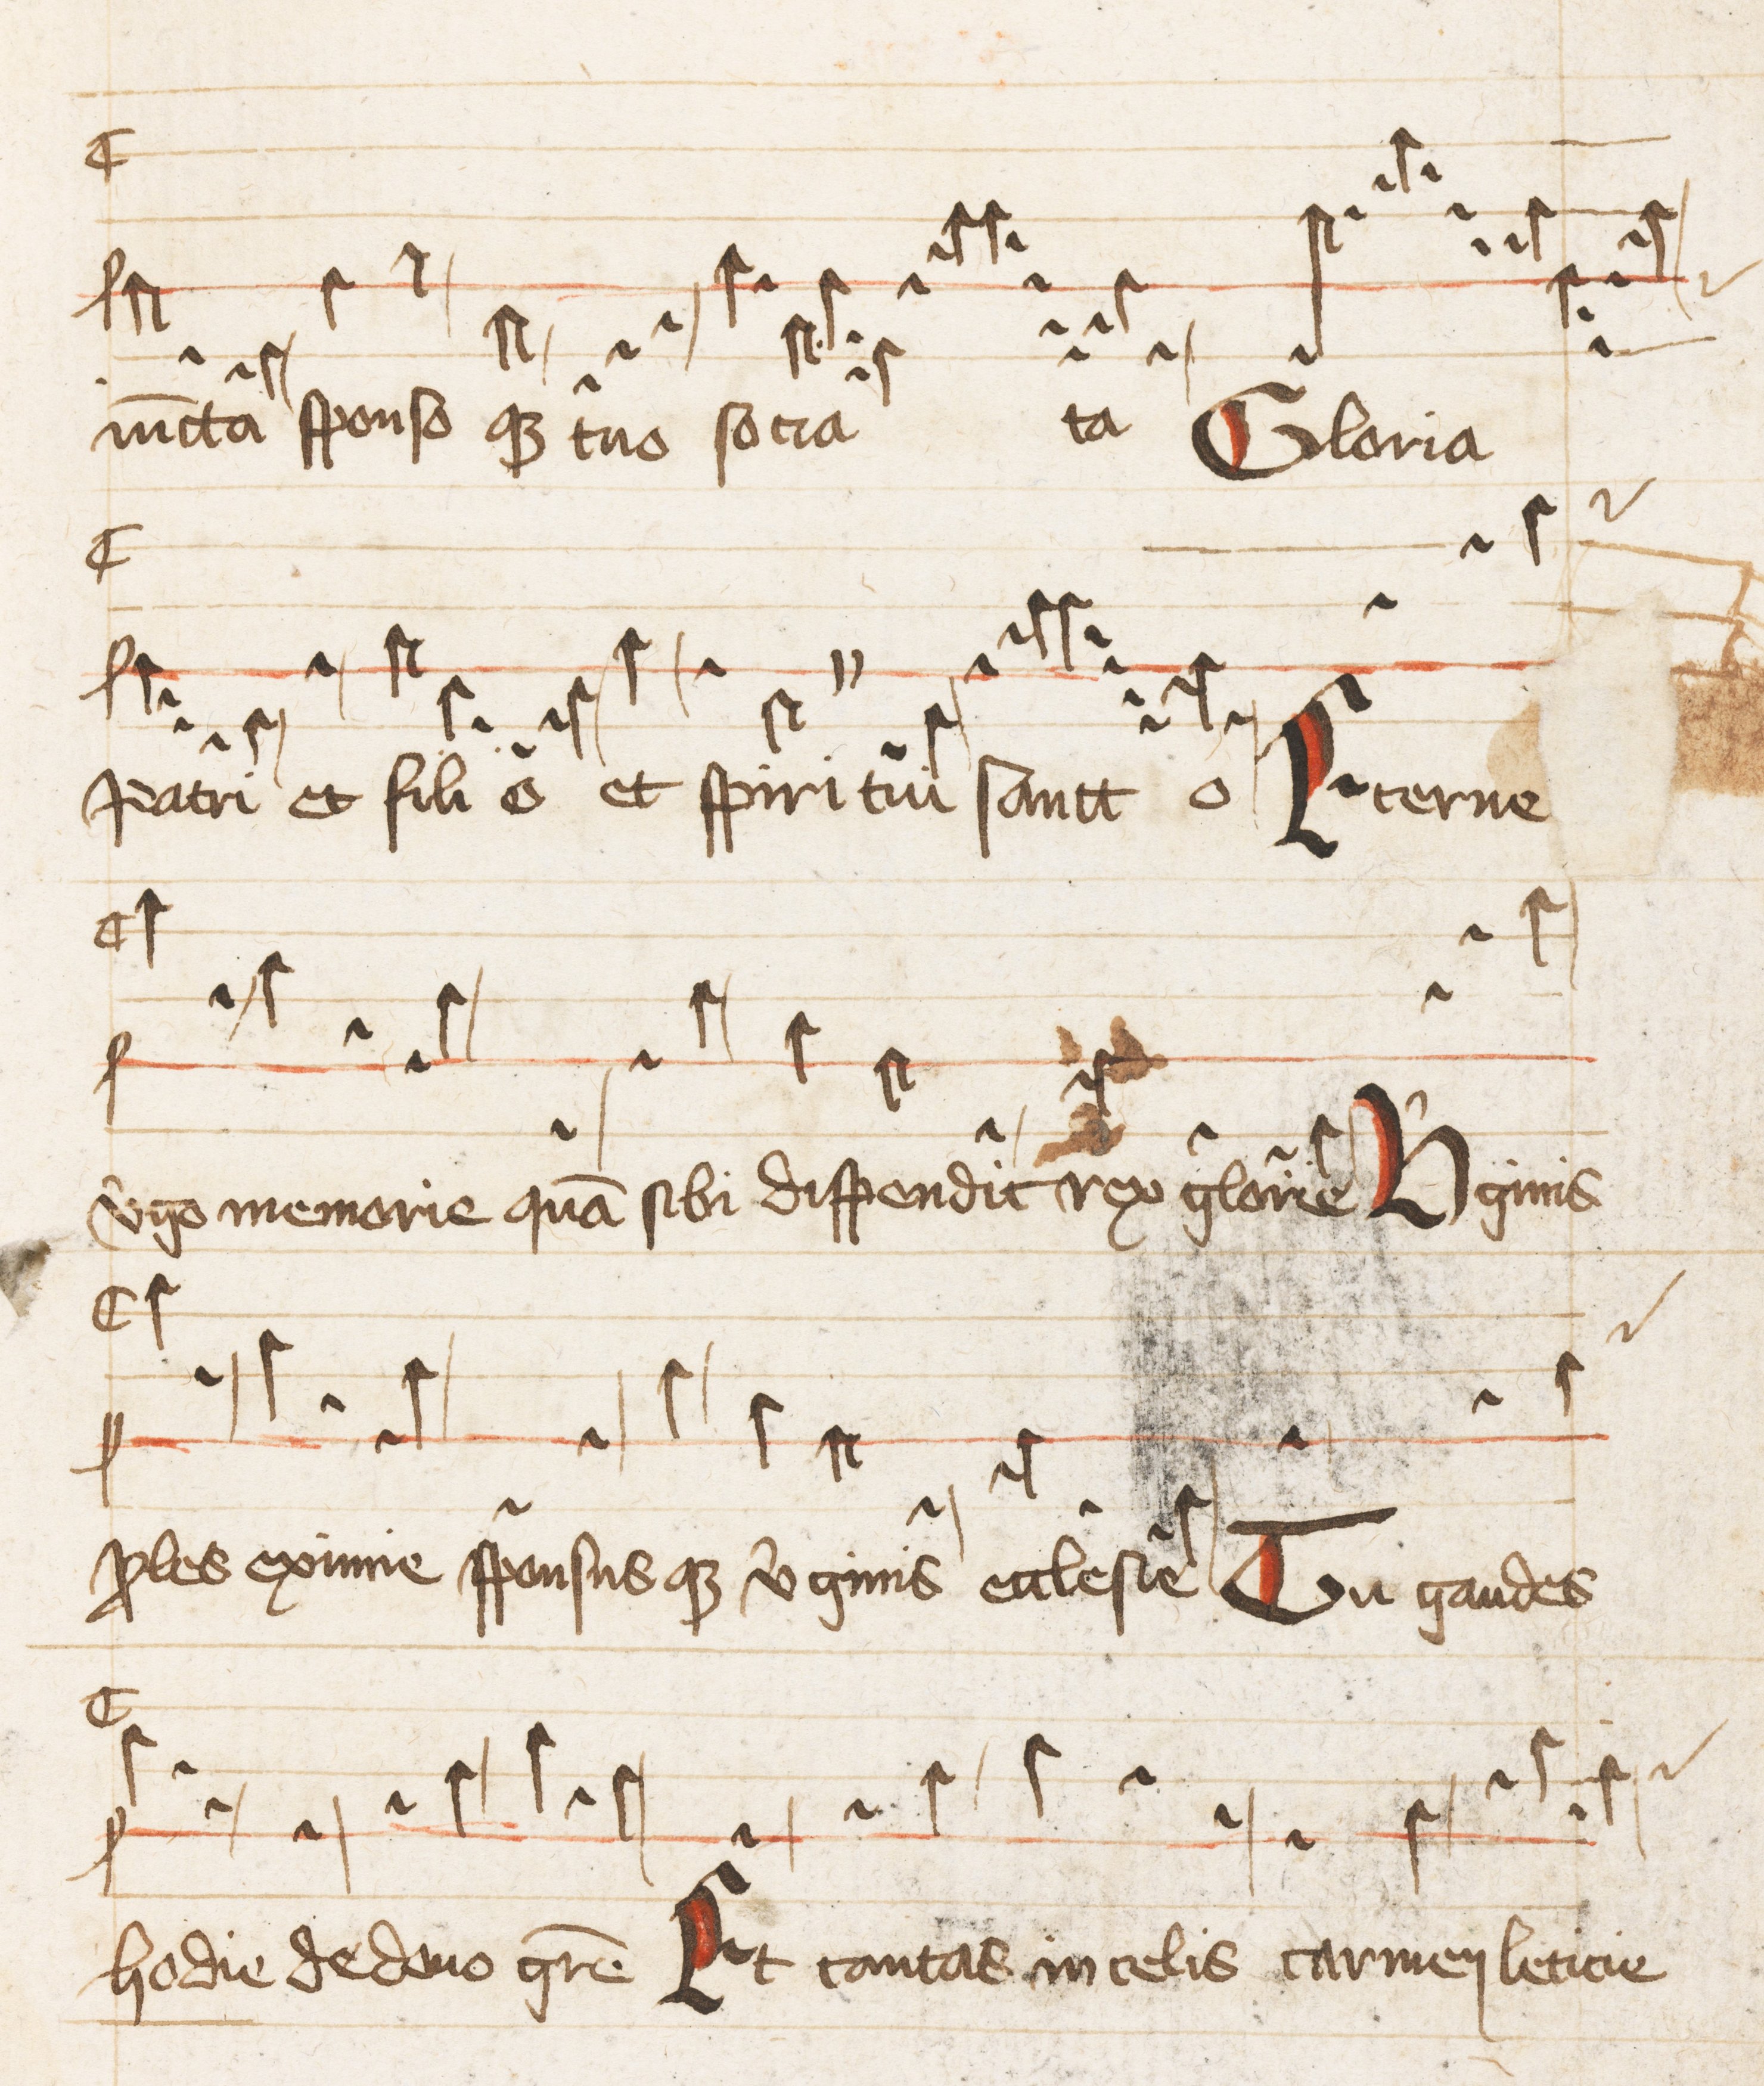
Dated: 1500–1599